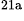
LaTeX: ^\textrm{\scriptsize 21a}